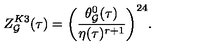
Z _ { \cal G } ^ { K 3 } ( \tau ) = \biggl ( \frac { \theta _ { \cal G } ^ { 0 } ( \tau ) } { \eta ( \tau ) ^ { r + 1 } } \biggr ) ^ { 2 4 } .